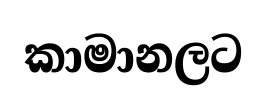
කාමානලට